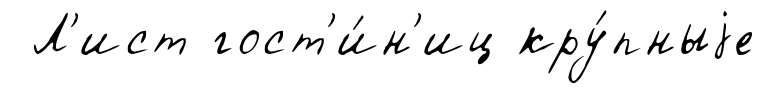
Л'ист гост'и́н'иц кру́пныjе